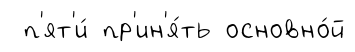
п'ят'и́ пр'ин'я́ть основно́й